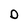
Character: O